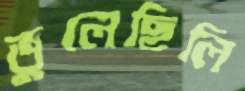
ভুলেছিলি